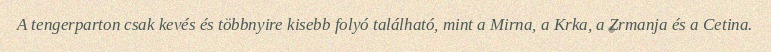
A tengerparton csak kevés és többnyire kisebb folyó található, mint a Mirna, a Krka, a Zrmanja és a Cetina.